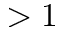
> 1